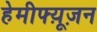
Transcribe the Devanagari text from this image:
हेमीफ्य़ूज़न